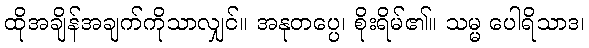
ထိုအချိန်အချက်ကိုသာလျှင်။ အနုတပ္ပေ၊ စိုးရိမ်၏။ သမ္မ ပေါရိသာဒ၊